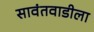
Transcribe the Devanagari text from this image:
सावंतवाडीला